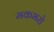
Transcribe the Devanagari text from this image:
मकमरो